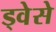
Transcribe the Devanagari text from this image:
ड्वेसे